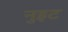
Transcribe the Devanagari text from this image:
नुइट